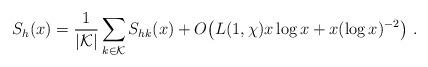
LaTeX: \begin{align*}S_h(x) = \frac{1}{|{\mathcal K}|}\sum_{k\in {\mathcal K}} S_{hk}(x) +O\bigl(L(1,\chi)x\log x +x(\log x)^{-2} \bigr)\ .\end{align*}